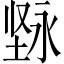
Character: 𱗓